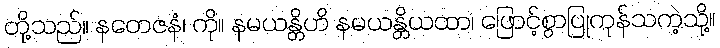
တို့သည်။ နတေဇနံ၊ ကို။ နမယန္တိဟိ နမယန္တိယထာ၊ ဖြောင့်စွာပြုကုန်သကဲ့သို့။